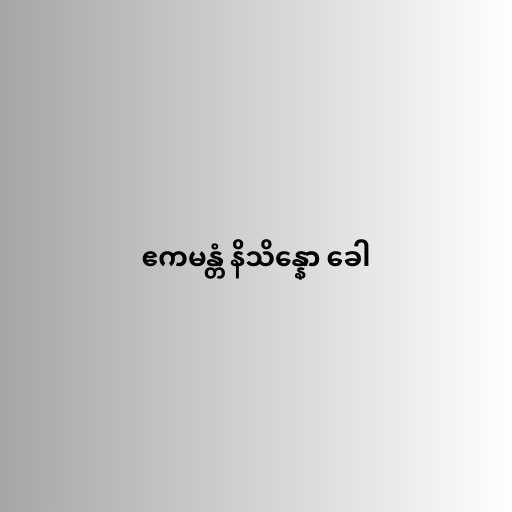
ဧကမန္တံ နိသိန္နော ခေါ